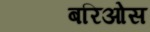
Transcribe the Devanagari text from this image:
बरिओस